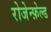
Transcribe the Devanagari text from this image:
रोजेन्फ़ेल्ड